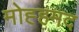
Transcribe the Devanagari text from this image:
मोह्हमद